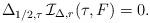
LaTeX: \begin{align*}\Delta_{1/2,\tau} \,\mathcal{I}_{\Delta,r}(\tau,F)=0.\end{align*}